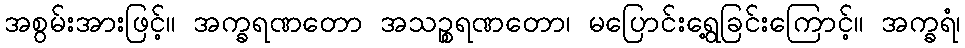
အစွမ်းအားဖြင့်။ အက္ခရဏတော အသဉ္စရဏတော၊ မပြောင်းရွေ့ခြင်းကြောင့်။ အက္ခရံ၊